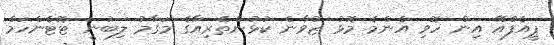
ޕީއެފްއޭ އިން ހޮވި އެންމެ މޮޅު ޒުވާން ކުޅުންތެރިއާގެ މަގާމު ލިބުނީ ޓޮޓެންހަމް